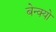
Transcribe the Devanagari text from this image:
बेन्क्यो